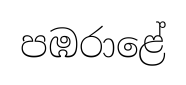
පඹරාළේ